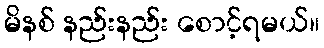
မိနစ် နည်းနည်း စောင့်ရမယ်။